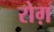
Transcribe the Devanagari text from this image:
रोग़